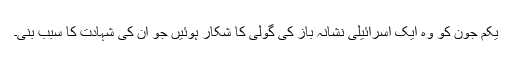
یکم جون کو وہ ایک اسرائیلی نشانہ باز کی گولی کا شکار ہوئیں جو ان کی شہادت کا سبب بنی۔